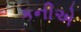
કનીએ